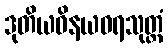
ဒုတိယဝိနယဓရသုတ္တံ